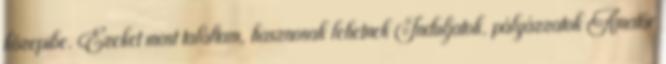
közepibe. Ezeket most találtam, hasznosak lehetnek Induljatok, pályázzatok Amatőr